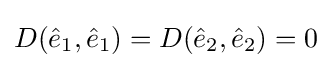
D({\hat {e}}_{1},{\hat {e}}_{1})=D({\hat {e}}_{2},{\hat {e}}_{2})=0